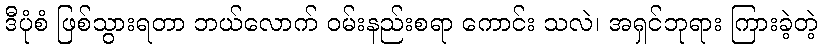
ဒီပုံစံ ဖြစ်သွားရတာ ဘယ်လောက် ဝမ်းနည်းစရာ ကောင်း သလဲ၊ အရှင်ဘုရား ကြားခဲ့တဲ့